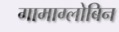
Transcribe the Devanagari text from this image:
गामाग्लोबिन